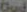
Oud